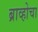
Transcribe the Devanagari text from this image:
ब्राव्होचा